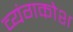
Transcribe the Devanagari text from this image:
व्यंगकोश